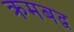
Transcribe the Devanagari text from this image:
क्रमबद्व